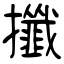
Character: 攕